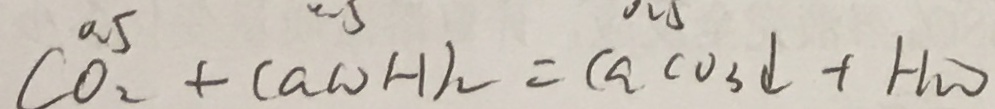
C O _ { 2 } + C a ( O H ) _ { 2 } = C a c o _ { 3 } \downarrow + H _ { 2 } O